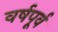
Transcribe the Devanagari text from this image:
वर्षपूर्व